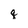
Character: q